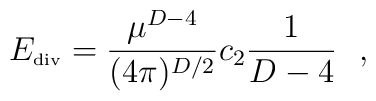
E_{\mbox{\tiny{div}}}={\mu^{D-4} \over (4\pi)^{D/2}} c_2{1 \over D-4}~~,